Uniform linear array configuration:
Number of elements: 8
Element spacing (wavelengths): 1
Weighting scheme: exponential
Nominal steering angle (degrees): -60
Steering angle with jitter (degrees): -58.661
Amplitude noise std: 0.05
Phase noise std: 0.05

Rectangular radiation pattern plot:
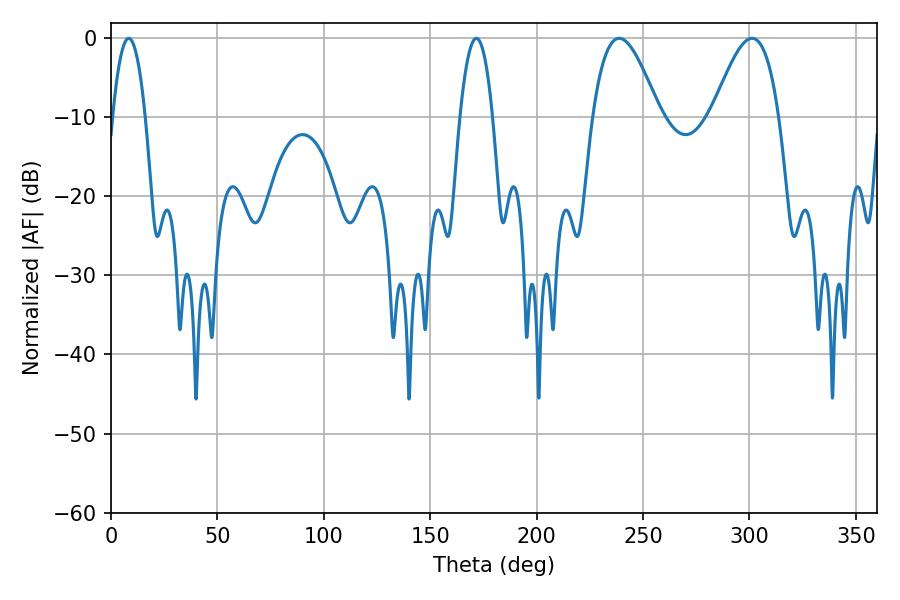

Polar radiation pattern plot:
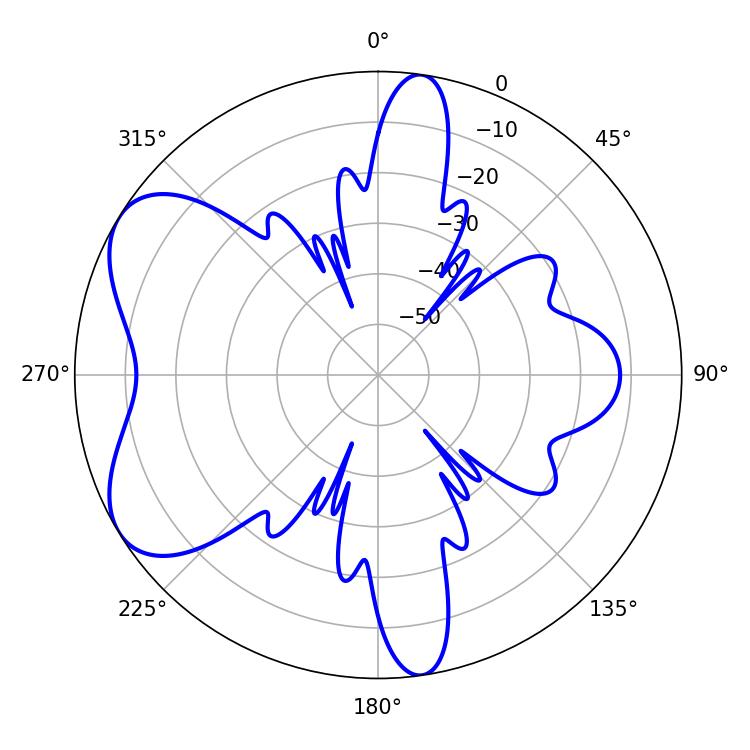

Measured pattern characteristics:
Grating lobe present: TRUE
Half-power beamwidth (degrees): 16.74
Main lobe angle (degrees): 238.86